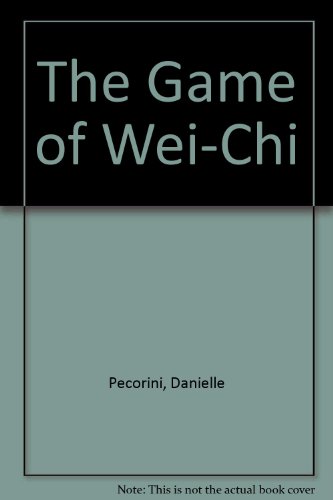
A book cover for The Game of Wei-Chi; Daniele Pecorini; Science Fiction & Fantasy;